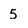
Character: 5